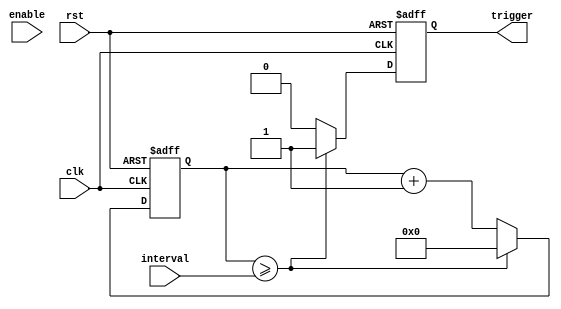
module rtc_timer (
    input wire clk,
    input wire rst,
    input wire enable,
    input wire [31:0] interval,
    output reg trigger
);

reg [31:0] current_time;
reg [31:0] timer_count;

always @(posedge clk or posedge rst) begin
    if (rst) begin
        current_time <= 32'h00000000;
        timer_count <= 32'h00000000;
        trigger <= 1'b0;
    end else begin
        current_time <= current_time + 32'h00000001;
        if (current_time >= interval) begin
            trigger <= 1'b1;
            timer_count <= current_time;
            current_time <= 32'h00000000;
        end else begin
            trigger <= 1'b0;
        end
    end
end

endmodule